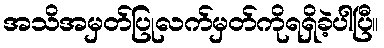
အသိအမှတ်ပြုလက်မှတ်ကိုရရှိခဲ့ပါပြီ။